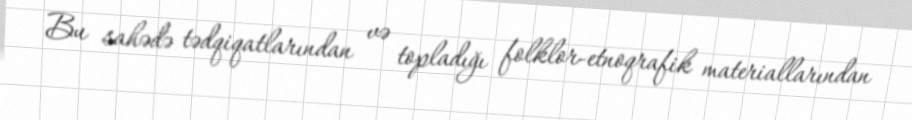
Bu sahədə tədqiqatlarından və topladığı folklor-etnoqrafik materiallarından